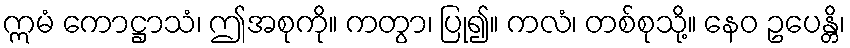
ဣမံ ကောဋ္ဌာသံ၊ ဤအစုကို။ ကတွာ၊ ပြု၍။ ကလံ၊ တစ်စုသို့။ နေဝ ဥပေန္တိ၊